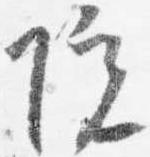
院